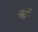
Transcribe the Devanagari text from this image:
नातौ